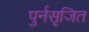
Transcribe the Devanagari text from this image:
पुर्नसृजित